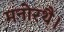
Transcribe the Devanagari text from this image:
मनोरथै।